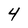
Character: 4